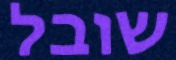
שובל